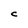
Character: C